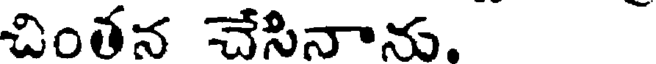
చింతన చేసినాను.